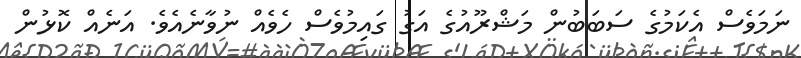
ނަމަވެސް އެކަމުގެ ސަބަބުން މަޝްރޫއުގެ އަގު ގައިމުވެސް ހެވެއް ނުވާނެއެވެ. އަނެއް ކޮޅުން